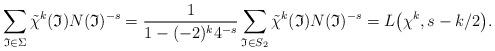
LaTeX: \begin{align*}\sum_{\mathfrak I \in \Sigma} \tilde \chi^k(\mathfrak I)N(\mathfrak I)^{-s}=\frac 1{1-(-2)^k 4^{-s}}\sum_{\mathfrak I \in S_2} \tilde \chi^k(\mathfrak I)N(\mathfrak I)^{-s} = L\big(\chi^k, s - k/2\big).\end{align*}